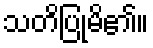
သတိပြုမိ၏။